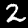
Digit: 2